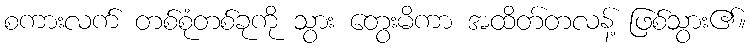
စကားလက် တစ်စုံတစ်ခုကို သွား တွေးမိကာ အထိတ်တလန့် ဖြစ်သွား၏။